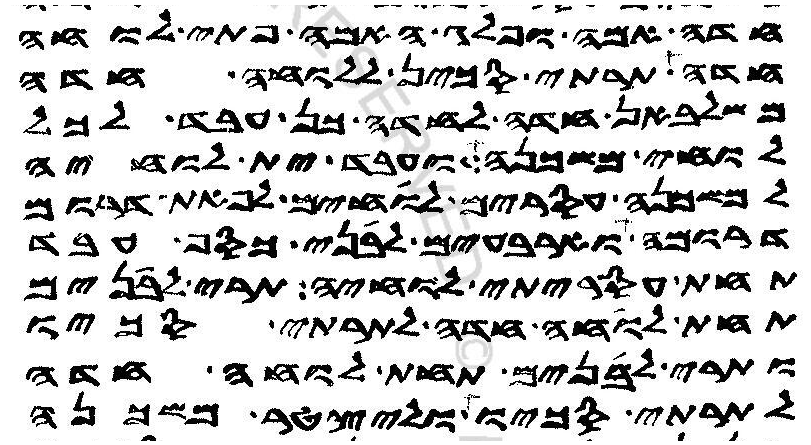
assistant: חדה אמה ופלג האמה פתי לוחה
חדה תרתי סכין ללוחה חדה
משלבאן חדה לחדה כן עבד לכל
לוחי משכנה ועבד ית לוחיה
למשכנה עסרים לוחים לפאת דרום
דרומה וארבעים לבני כסף עבד
תחת עסריתי לוחיה תרי לבנים
תחת לוחה חדה לתרתי סכיו
ותרי לבנים תחת לוחה חדה
לתרתי סכיו וליצטר משכנה